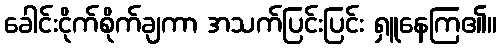
ခေါင်းငိုက်စိုက်ချကာ အသက်ပြင်းပြင်း ရှူနေကြ၏။